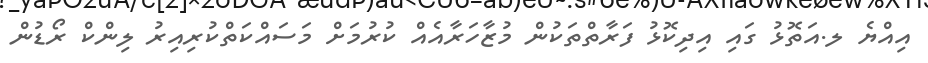
އިއްޔެ ލ.އަތޮޅު ގައި އިދިކޮޅު ފަރާތްތަކުން މުޒާހަރާއެއް ކުރުމަށް މަސައްކަތްކުރިއިރު ލިންކް ރޯޑުން